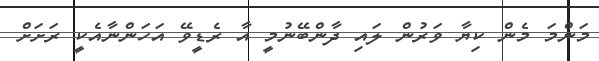
މަންމަ މެން ކިޔާ ވަރުން ލައި ދާންބޭނުމީ އާ ރެޑީވޭ އަހަންނާއެކީ ރަށަށް